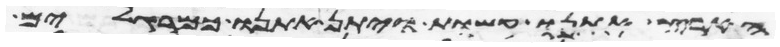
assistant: הארץ אתנו קשות ויתן אתנו כמרגלים